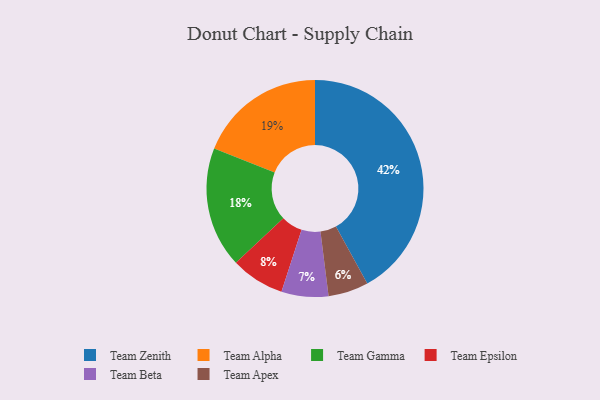
{"axis": {"x": "Category", "y": "Percentage"}, "legend": ["Team Alpha", "Team Apex", "Team Beta", "Team Epsilon", "Team Gamma", "Team Zenith"], "data": [{"x": "Team Epsilon", "y": 8, "type": "Team Epsilon"}, {"x": "Team Apex", "y": 6, "type": "Team Apex"}, {"x": "Team Gamma", "y": 18, "type": "Team Gamma"}, {"x": "Team Alpha", "y": 19, "type": "Team Alpha"}, {"x": "Team Zenith", "y": 42, "type": "Team Zenith"}, {"x": "Team Beta", "y": 7, "type": "Team Beta"}]}